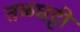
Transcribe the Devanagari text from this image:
तळघट्टी